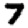
Digit: 7